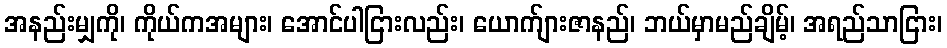
အနည်းမျှကို၊ ကိုယ်ကအများ၊ အောင်ပါငြားလည်း၊ ယောက်ျားဇာနည်၊ ဘယ်မှာမည်ချိမ့်၊ အရည်သာငြား၊